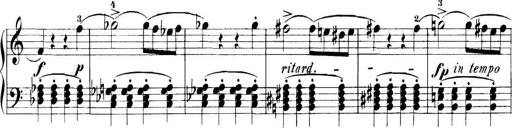
Title: 11 Sonatinas
Composer: Anton Diabelli